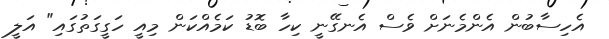
އެހިސާބުން އެންމެނަށް ވެސް އެނގޭނީ ކިހާ ބޮޑު ކަމެއްކަން މިއީ ހަގީގަތުގައި" އަލީ